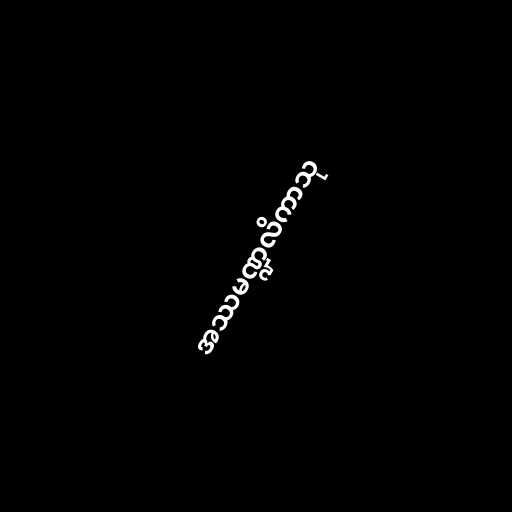
အဿမဏ္ဍလိကာသု